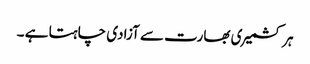
ہر کشمیری بھارت سے آزادی چاہتا ہے ۔